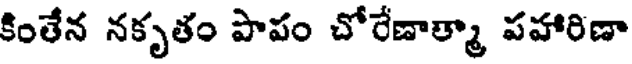
కింతేన నకృతం పాపం చోరేణాత్మా పహారిణా